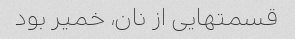
قسمتهایی از نان، خمیر بود